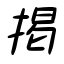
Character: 掲